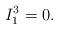
LaTeX: \begin{align*}I_1^3=0.\end{align*}